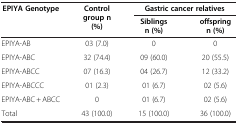
<table><thead><tr><td rowspan="2"><b>EPIYA Genotype</b></td><td rowspan="2"><b>Control group n (%)</b></td><td colspan="2"><b>Gastric cancer relatives</b></td></tr><tr><td><b>Siblings n (%)</b></td><td><b>offspring n (%)</b></td></tr></thead><tbody><tr><td>EPIYA-AB</td><td>03 (7.0)</td><td>0</td><td>0</td></tr><tr><td>EPIYA-ABC</td><td>32 (74.4)</td><td>09 (60.0)</td><td>20 (55.5)</td></tr><tr><td>EPIYA-ABCC</td><td>07 (16.3)</td><td>04 (26.7)</td><td>12 (33.2)</td></tr><tr><td>EPIYA-ABCCC</td><td>01 (2.3)</td><td>01 (6.7)</td><td>02 (5.6)</td></tr><tr><td>EPIYA-ABC + ABCC</td><td>0</td><td>01 (6.7)</td><td>02 (5.6)</td></tr><tr><td>Total</td><td>43 (100.0)</td><td>15 (100.0)</td><td>36 (100.0)</td></tr></tbody></table>